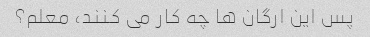
پس این ارگان ها چه کار می کنند، معلم؟